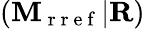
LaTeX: (\mathbf{M}_{\mathrm{~r~r~e~f~}}|\mathbf{R})